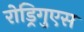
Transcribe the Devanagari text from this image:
रोड्रिगुएस